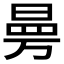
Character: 𭦟